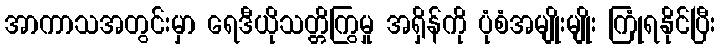
အာကာသအတွင်းမှာ ရေဒီယိုသတ္တိကြွမှု အရှိန်ကို ပုံစံအမျိုးမျိုး ကြုံရနိုင်ပြီး